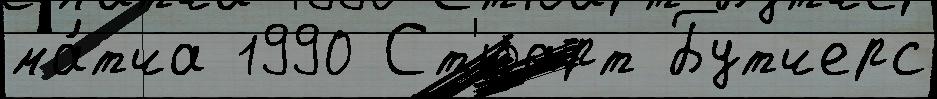
ма́тча 1990 Ст'юарт Бутчерс